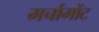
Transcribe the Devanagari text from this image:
मर्चामोंट